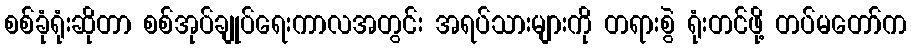
စစ်ခုံရုံးဆိုတာ စစ်အုပ်ချုပ်ရေးကာလအတွင်း အရပ်သားများကို တရားစွဲ ရုံးတင်ဖို့ တပ်မတော်က